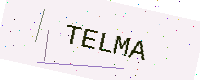
Text: TELMA